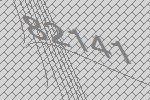
82141